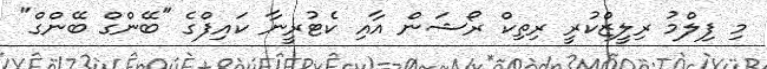
މި ފިލްމު ރިލީޒްކުރީ ރިތިކް ރޯޝަން އާއި ކެޓުރީނާ ކައިފްގެ "ބޭންގް ބޭންގް"